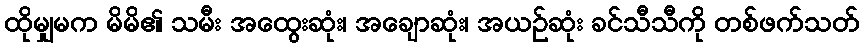
ထိုမျှမက မိမိ၏ သမီး အထွေးဆုံး၊ အချောဆုံး၊ အယဉ်ဆုံး ခင်သီသီကို တစ်ဖက်သတ်